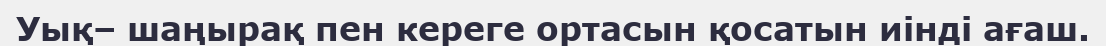
Уық– шаңырақ пен кереге ортасын қосатын иінді ағаш.